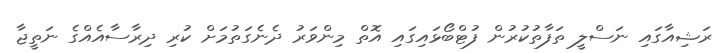
ރަޝިއާގައި ނަސްލީ ތަފާތުކުރުން ފުޓްބޯޅައިގައި އޮތް މިންވަރު ދެނެގަތުމަށް ކުރި ދިރާސާއެއްގެ ނަތީޖާ